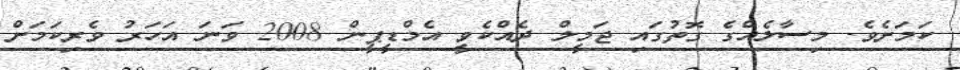
ކަމަށެވެ. މިސާލެއްގެ ގޮތުގައި ޖަމީލް ދެއްކެވީ އެމްޑީޕީން 2008 ވަނަ އަހަރު ވެރިކަމަށް